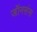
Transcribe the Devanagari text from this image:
जॉनसंस